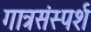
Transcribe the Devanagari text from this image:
गात्रसंस्पर्श